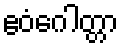
ဧဝံဂေါတ္တာ